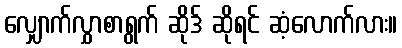
လျှောက်လွှာစာရွက် ဆိုဒ် ဆိုရင် ဆံ့လောက်လား။